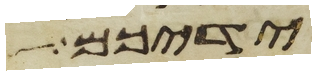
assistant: ידיכם